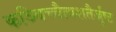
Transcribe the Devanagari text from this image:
कञ्चिच्चैत्यशतैर्जुष्ट